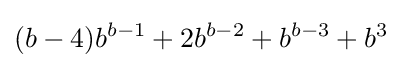
(b-4)b^{b-1}+2b^{b-2}+b^{b-3}+b^{3}